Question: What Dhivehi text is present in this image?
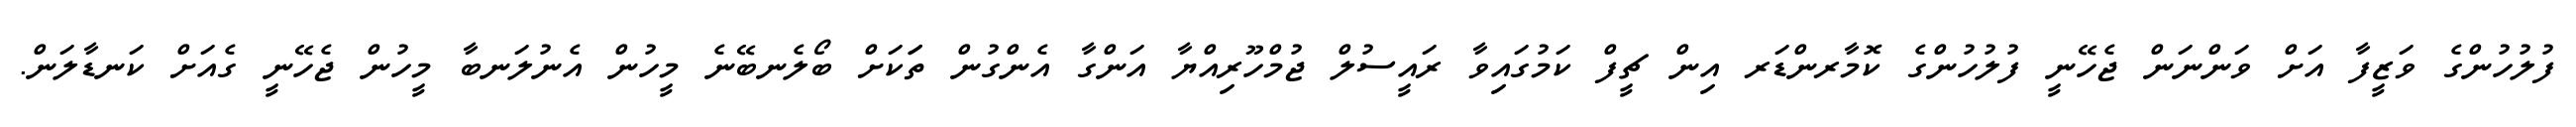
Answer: ފުލުހުންގެ ވަޒީފާ އަށް ވަންނަން ޖެހޭނީ ފުލުހުންގެ ކޮމާރންޑަރ އިން ޗީފް ކަމުގައިވާ ރައީސުލް ޖުމްހޫރިއްޔާ އަންގާ އެންގުން ތަަކަށް ބޯލެނބޭނެ މީހުން އެނުލަނބާ މީހުން ޖެހޭނީ ގެއަށް ކަނޑާލަން.